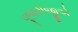
પૂજારીજીએ